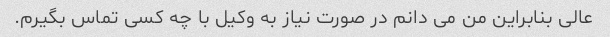
عالی بنابراین من می دانم در صورت نیاز به وکیل با چه کسی تماس بگیرم.